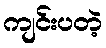
ကျင်းပတဲ့